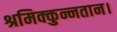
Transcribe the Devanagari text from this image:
श्रमिक्कुन्नतान।